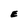
Character: E